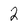
Character: 2